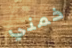
خمني